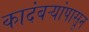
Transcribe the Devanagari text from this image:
कादंबऱ्यांपासून